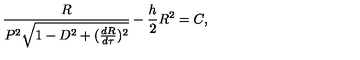
\frac { R } { P ^ { 2 } \sqrt { 1 - D ^ { 2 } + ( \frac { d R } { d \tau } ) ^ { 2 } } } - \frac { h } { 2 } R ^ { 2 } = C ,